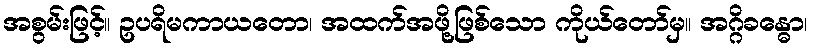
အစွမ်းဖြင့်။ ဥပရိမကာယတော၊ အထက်အဖို့ဖြစ်သော ကိုယ်တော်မှ။ အဂ္ဂိခန္ဓော၊